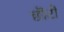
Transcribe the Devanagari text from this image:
छॊटी